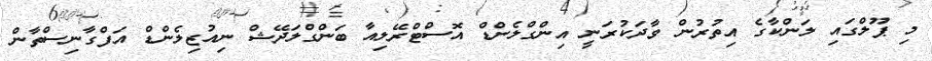
މި ޕޫލްގައި ލަންކާގެ އިތުރުން ވާދަކުރަނީ އިންގްލެންޑް އޮސްޓްރޭލިއާ ބަންގްލަދޭޝް ނިއުޒިލެންޑް އަފްގާނިސްތާން